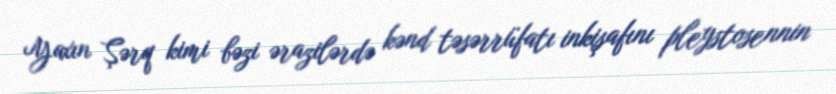
Yaxın Şərq kimi bəzi ərazilərdə kənd təsərrüfatı inkişafını pleystosennin